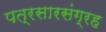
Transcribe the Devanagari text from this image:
पत्रसारसंग्रह